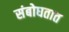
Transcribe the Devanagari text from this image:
संबोघतात